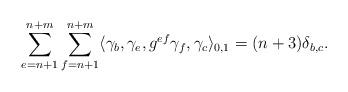
LaTeX: \begin{align*}\sum_{e=n+1}^{n+m}\sum_{f=n+1}^{n+m}\langle \gamma_b, \gamma_e, g^{ef}\gamma_f,\gamma_c\rangle_{0,1}=(n+3)\delta_{b,c}.\end{align*}